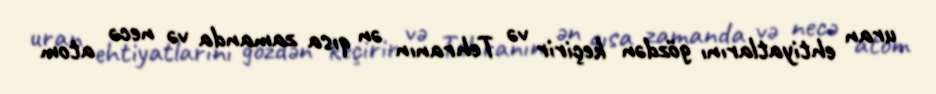
uran ehtiyatlarını gözdən keçirir və Tehranın ən qısa zamanda və necə atom